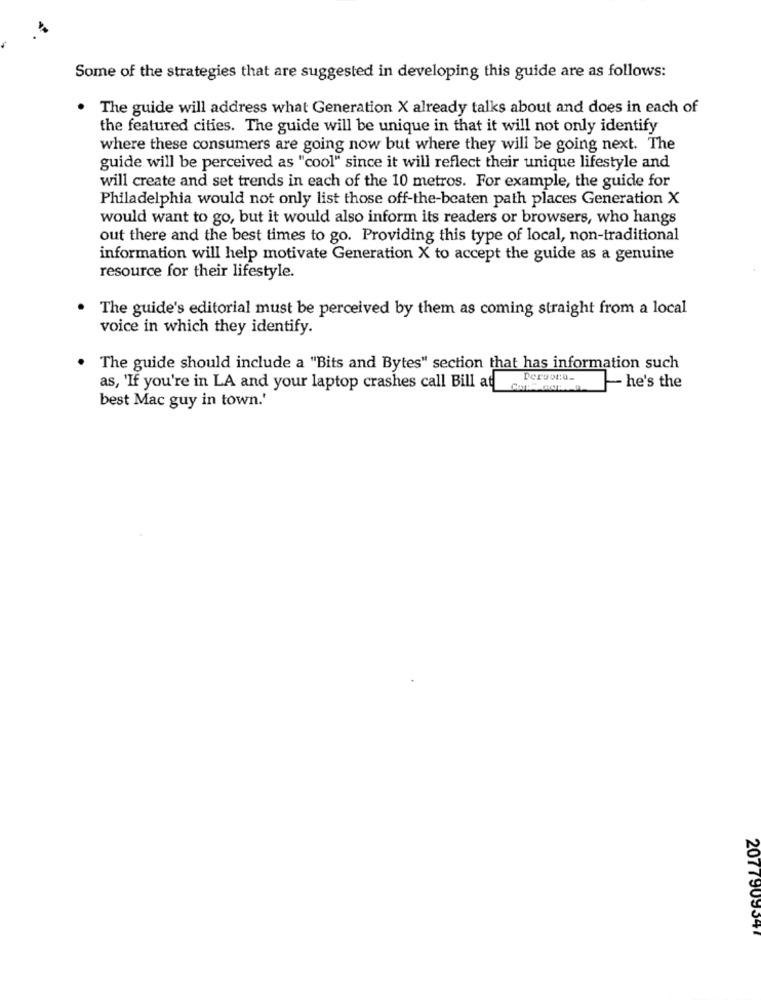
Some of the strategies that are suggested in developing this guide are as follows:
The guide will address what Generation X already talks about and does in each of
the featured cities. The guide will be unique in that it will not only identify
where these consumers are going now but where they will be going next. The
guide will be perceived as "cool" since it will reflect their unique lifestyle and
will create and set trends in each of the 10 metros. For example, the guide for
Philadelphia would not only list those off-the-beaten path places Generation X
would want to go, but it would also inform its readers or browsers, who hangs
out there and the best times to go. Providing this type of local, non-traditional
information will help motivate Generation X to accept the guide as a genuine
resource for their lifestyle.
The guide's editorial must be perceived by them as coming straight from a local
voice in which they identify.
The guide should include a "Bits and Bytes" section that has information such
Persona-
as, 'If you're in LA and your laptop crashes call Bill at
-- he's the
best Mac guy in town.'
2077909547